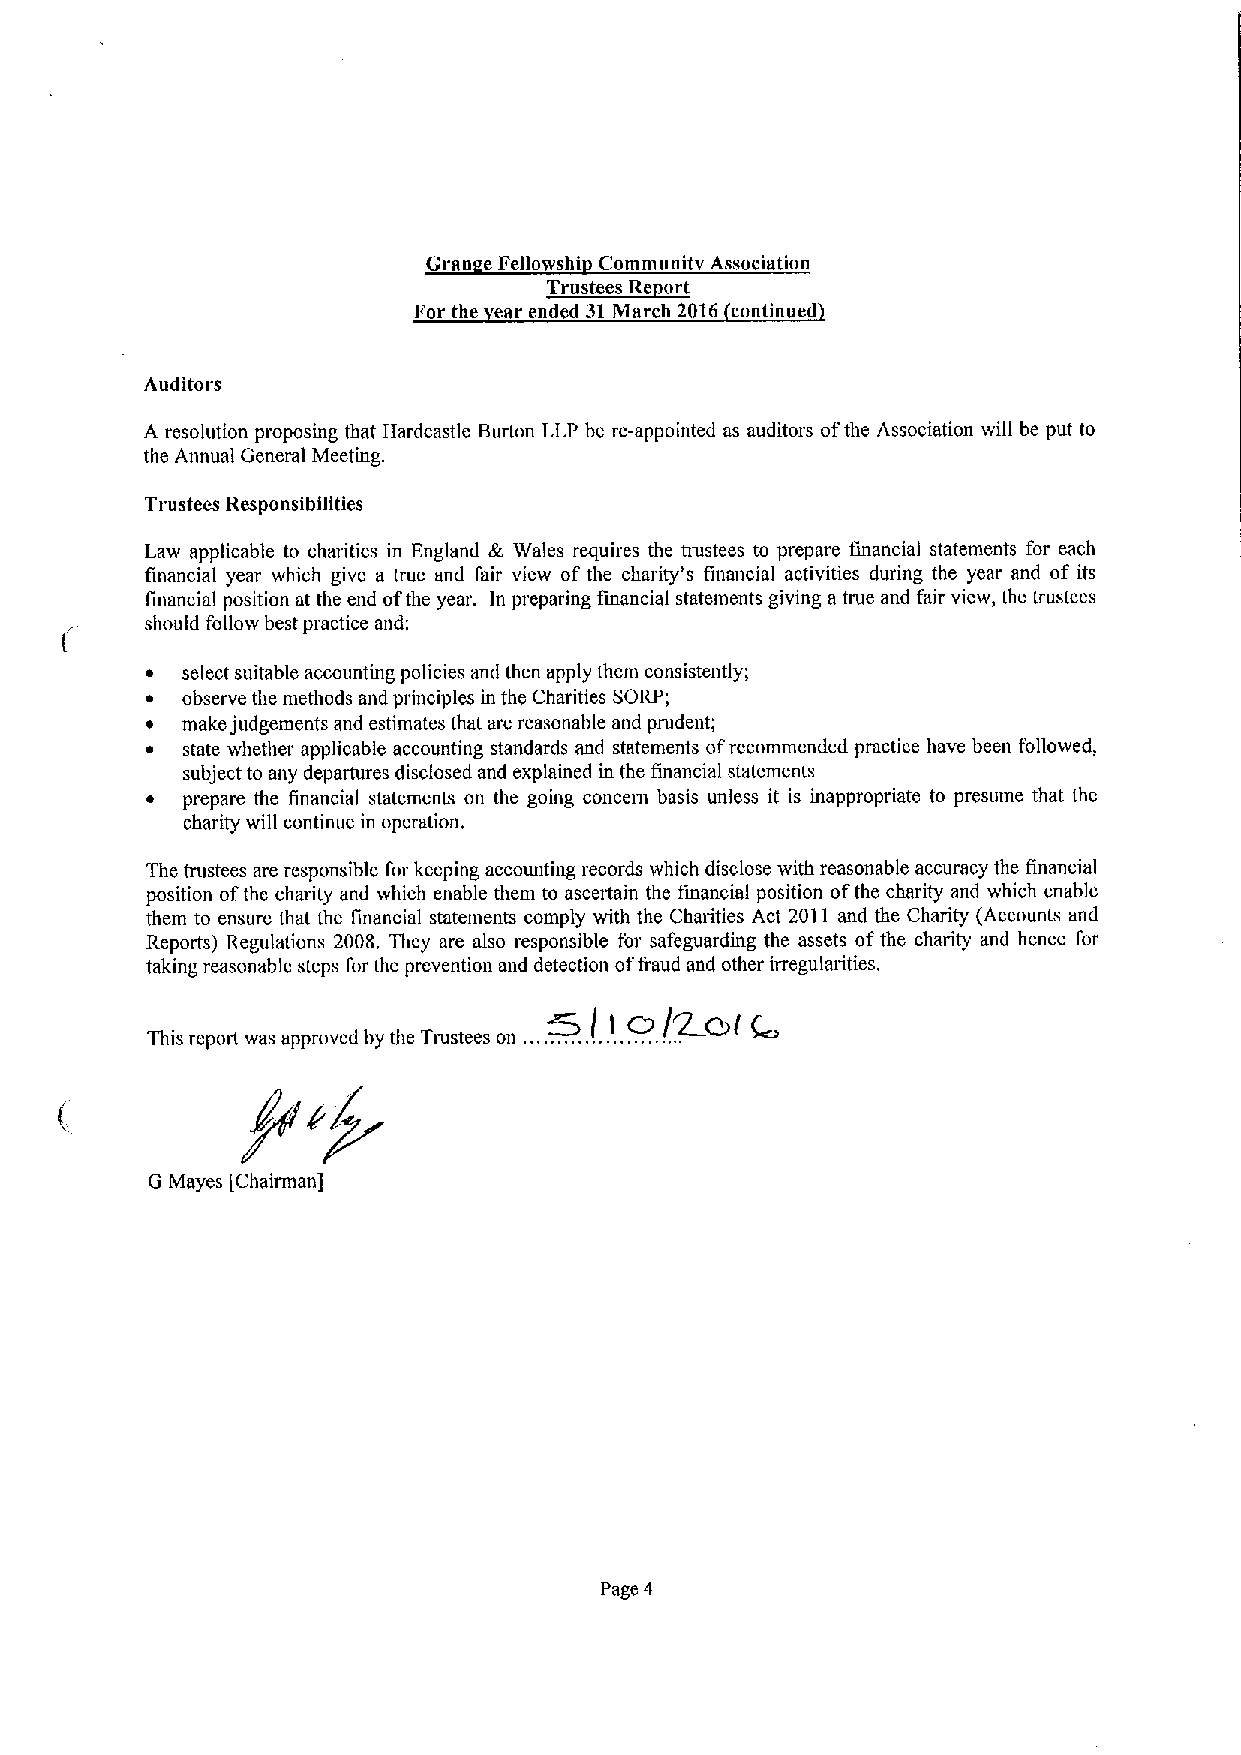
Gran eFellowTshi~tCRommunit Association
 s
 Vor the ear ended 31March 2016 continued
 Auditors
 A resolution proposing that Hardcastle Burton LLP be re-appointed as auditors ofthe Association will be put to
 the Annual General Meeting.
 Trustees Responsibilities
 Law applicable to charities in England & Wales requires the trustees to prepare financial statements for each
 financial year which give a true and fair view of the charity's financial activities during the year and of its
 financial position at the end ofthe year. In preparing financial statements giving atrue and fair view, the trustees
 should follow best practice and:
 ~ select suitable accounting policies and then apply them consistently;
 ~ observe the methods and principles in the Charities SORP;
 ~ make judgements and estimates that are reasonable and prudent;
 ~ state whether applicable accounting standards and statements ofrecommended practice have been followed,
 subject to any departures disclosed and explained in the financial statements
 ~ prepare the financial statements on the going concern basis unless it is inappropriate to presume that the
 charity will continue in operation,
 The trustees are responsible for keeping accounting records which disclose with reasonable accuracy the financial
 position ofthe charity and which enable them to ascertain the financial position ofthe charity and which enable
 them to ensure that the financial statements comply with the Charities Act 2011 and the Charity (Accounts and
 Reports) Regulations 2008. They are also responsible for safeguarding the assets ofthe charity and hence for
 taking reasonable steps for the prevention and detection of&aud and other irregularities.
 w/~(    +
 on,   !.]  !.
 This repott was approved by the Tmstees ....... ......., ..
 G Mayes [Chairman]
 Page 4